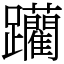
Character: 躪